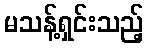
မသန့်ရှင်းသည့်